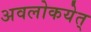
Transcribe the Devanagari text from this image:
अवलोकयेत्